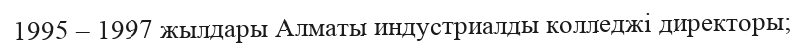
1995 – 1997 жылдары Алматы индустриалды колледжі директоры;